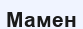
Мамен